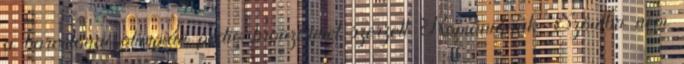
a barcelonai olimpián pedig bronzérmet szerzett Romániának. Szöulba nem